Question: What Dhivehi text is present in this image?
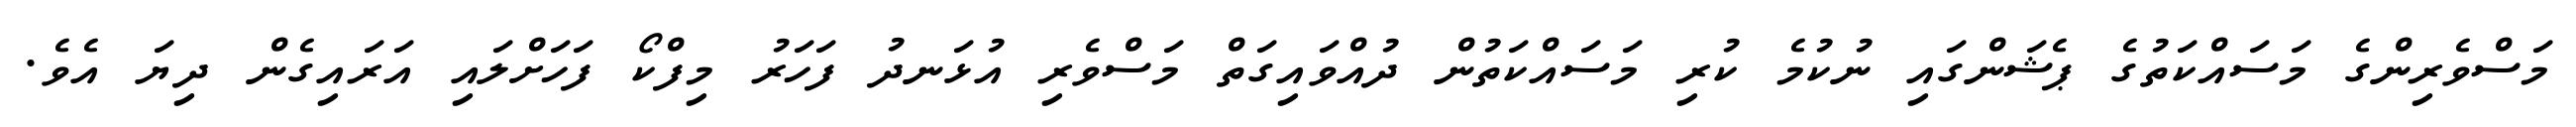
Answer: މަސްވެރިންގެ މަސައްކަތުގެ ޕެޝަންގައި ނުކުމެ ކުރި މަސައްކަތުން ދުއްވައިގަތް މަސްވެރި އުޅަނދު ފަހަރު މިފްކޯ ފަހަށްލައި އަރައިގެން ދިޔަ އެވެ.